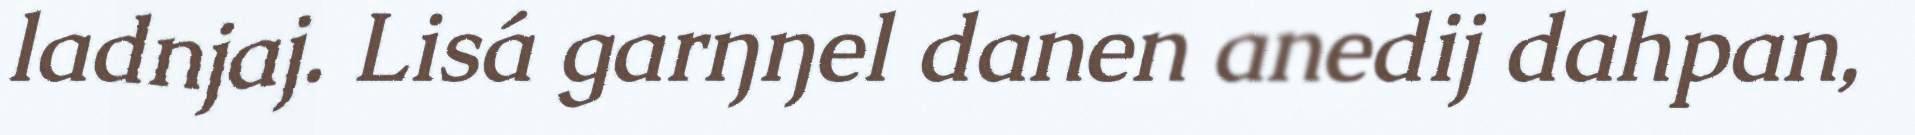
ladnjaj. Lisá garŋŋel danen anedij dahpan,